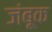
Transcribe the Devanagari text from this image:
जंबूक